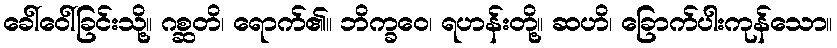
ခေါ်ဝေါ်ခြင်းသို့။ ဂစ္ဆတိ၊ ရောက်၏။ ဘိက္ခဝေ၊ ရဟန်းတို့။ ဆဟိ၊ ခြောက်ပါးကုန်သော။